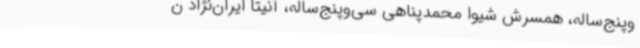
‌وپنج‌ساله، همسرش شیوا محمدپناهی سی‌وپنج‌ساله، آنیتا ایران‌نژاد ن